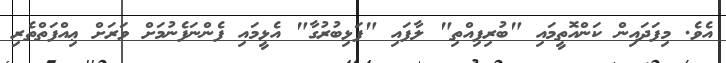
އެވެ. މިފަދައިން ކަންއޮތީމައި "ބުރިފިއްތި" ލާފައި "ފަޅިބުރުގާ" އެޅީމައި ފެންނަފެނުމަށް ވަރަށް ޢިއްފަތްތެރި